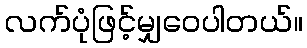
လက်ပုံဖြင့်မျှဝေပါတယ်။